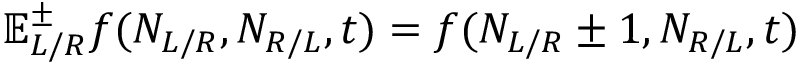
\mathbb { E } _ { L / R } ^ { \pm } f ( N _ { L / R } , N _ { R / L } , t ) = f ( N _ { L / R } \pm 1 , N _ { R / L } , t )